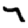
Digit: 7